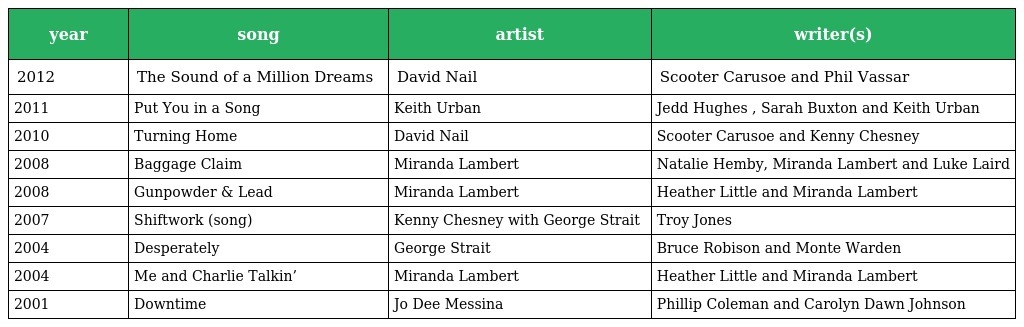
| year | song | artist | writer(s) |
 | --- | --- | --- | --- |
 | 2012 | The Sound of a Million Dreams | David Nail | Scooter Carusoe and Phil Vassar |
 | 2011 | Put You in a Song | Keith Urban | Jedd Hughes , Sarah Buxton and Keith Urban |
 | 2010 | Turning Home | David Nail | Scooter Carusoe and Kenny Chesney |
 | 2008 | Baggage Claim | Miranda Lambert | Natalie Hemby, Miranda Lambert and Luke Laird |
 | 2008 | Gunpowder & Lead | Miranda Lambert | Heather Little and Miranda Lambert |
 | 2007 | Shiftwork (song) | Kenny Chesney with George Strait | Troy Jones |
 | 2004 | Desperately | George Strait | Bruce Robison and Monte Warden |
 | 2004 | Me and Charlie Talkin’ | Miranda Lambert | Heather Little and Miranda Lambert |
 | 2001 | Downtime | Jo Dee Messina | Phillip Coleman and Carolyn Dawn Johnson |